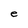
Character: e